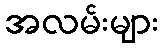
အလမ်းများ